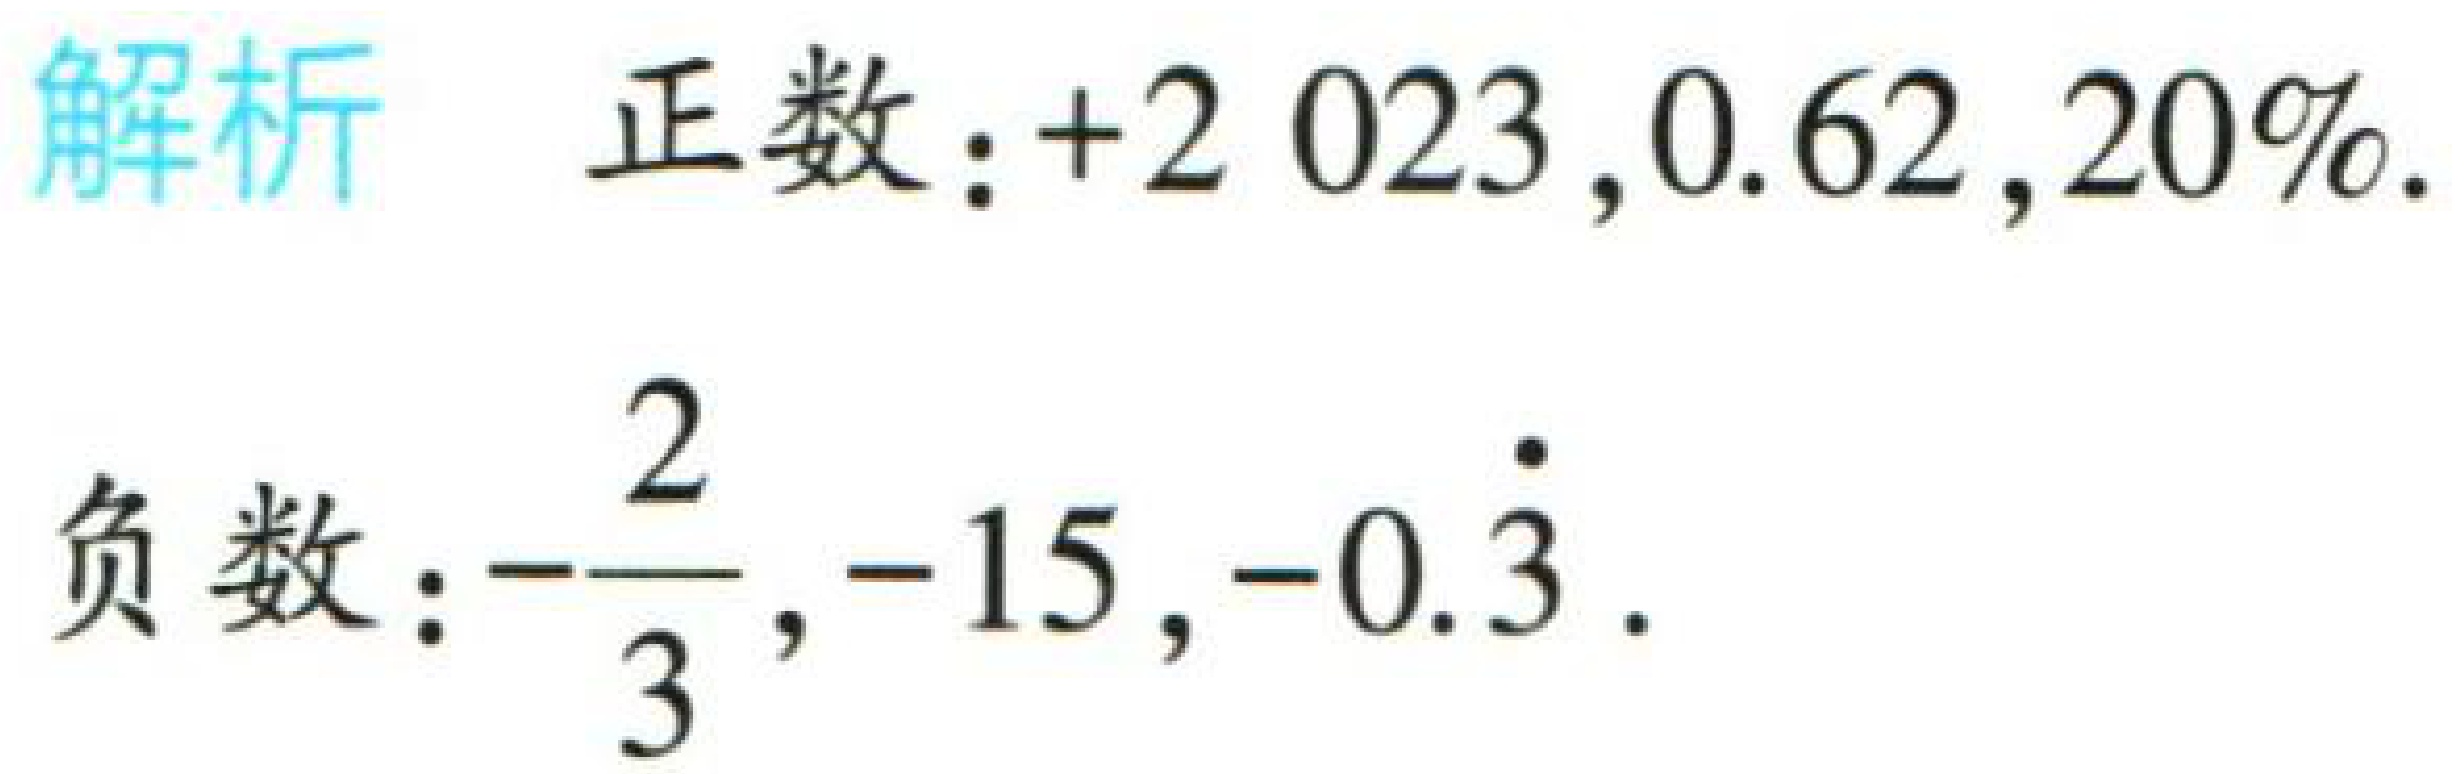
解析

正数：\(+2023,0.62,20\%\)。

负数：\(-\dfrac{2}{3}, -15, -0.\dot{3}\)。